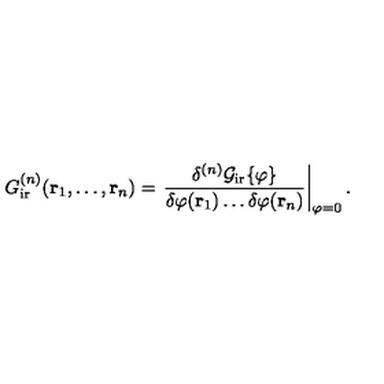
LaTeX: G _ { \mathrm { i r } } ^ { ( n ) } ( { \bf { r } } _ { 1 } , \ldots , { \bf { r } } _ { n } ) = \left. \frac { \delta ^ { ( n ) } { \cal { G } } _ { \mathrm { i r } } \{ \varphi \} } { \delta \varphi ( { \bf { r } } _ { 1 } ) \ldots \delta \varphi ( { \bf { r } } _ { n } ) } \right| _ { \varphi = 0 } .